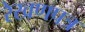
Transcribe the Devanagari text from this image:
रेखणपत्र